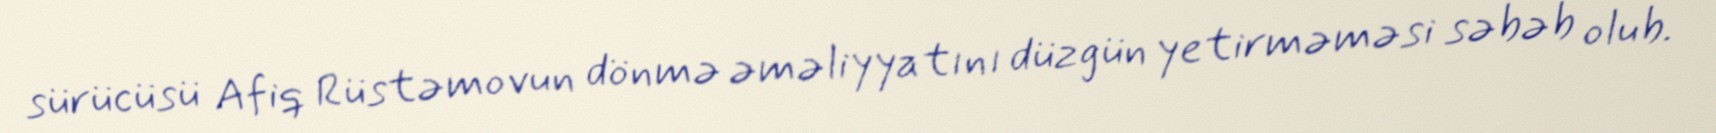
sürücüsü Afiq Rüstəmovun dönmə əməliyyatını düzgün yetirməməsi səbəb olub.